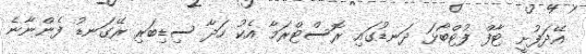
އޭދަފުށީ ޓާފް ފުޓްބޯޅަ ދަނޑުގައި ރޮސްޓްރަމާ އެކު ހަދާ ސިޑިބަރި ރޭގަނޑު ފެންނާނެ